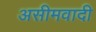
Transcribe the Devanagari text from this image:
असीमवादी